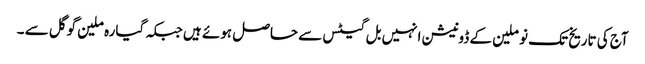
آج کی تاریخ تک نو ملین کے ڈونیشن انہیں بل گیٹس سے حاصل ہوئے ہیں جبکہ گیارہ ملین گوگل سے ۔